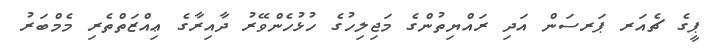
ޕީގެ ޗެއަރ ޕަރސަން އަދި ރައްޔިތުންގެ މަޖިލިހުގެ ހުޅުހެންވޭރު ދާއިރާގެ ޢިއްޒަތްތެރި މެމްބަރު